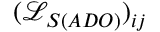
( \mathcal { L } _ { S ( A D O ) } ) _ { i j }